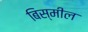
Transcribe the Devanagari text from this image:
बिस्मील